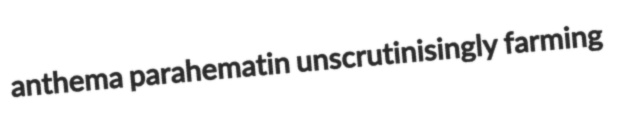
anthema parahematin unscrutinisingly farming